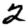
Digit: 2